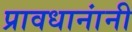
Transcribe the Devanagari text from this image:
प्रावधानांनी